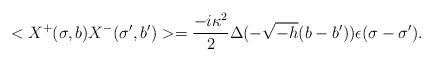
LaTeX: \begin{align*}<X^{+}(\sigma ,b)X^{-}(\sigma ' , b')>=\frac{-i\kappa ^{2}}{2}\Delta (-\sqrt{-h}(b-b'))\epsilon (\sigma -\sigma ').\end{align*}